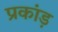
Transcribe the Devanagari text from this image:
प्रकांड़